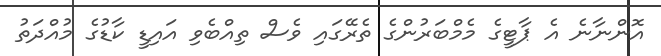
އޮންނާނެ އެ ޕާޓީގެ މެމްބަރުންގެ ތެރޭގައި ވެސް ތިއްބެވި އައިޑީ ކާޑުގެ މުއްދަތު